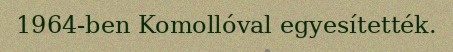
1964-ben Komollóval egyesítették.